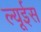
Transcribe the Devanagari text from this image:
ल्यूईस